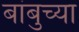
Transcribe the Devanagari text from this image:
बांबुच्या